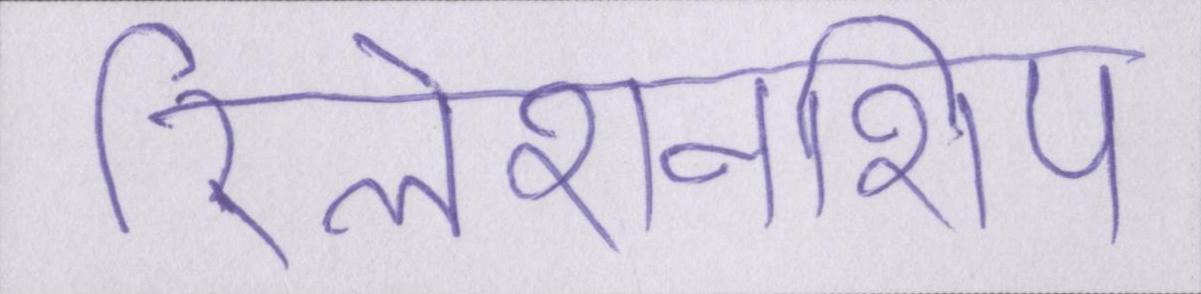
रिलेशनशिप